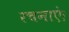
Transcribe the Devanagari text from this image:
रचनाएं।